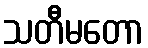
သတီမတော